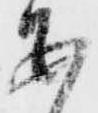
あ